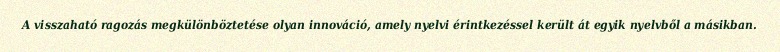
A visszaható ragozás megkülönböztetése olyan innováció, amely nyelvi érintkezéssel került át egyik nyelvből a másikban.